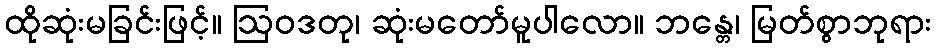
ထိုဆုံးမခြင်းဖြင့်။ ဩဝဒတု၊ ဆုံးမတော်မူပါလော။ ဘန္တေ၊ မြတ်စွာဘုရား